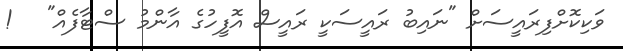
ވަކިކޮށްފިރައީސަށް "ނައިބު ރައީސަކީ ރައީސް އޮފީހުގެ އާންމު ސްޓާފެއް"   !